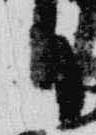
日